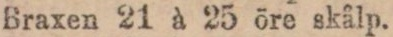
Braxen 21 à 25 öre skålp.